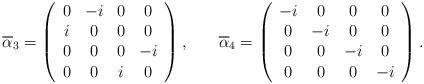
LaTeX: \begin{align*}\overline{\alpha } _3=\left(\begin{array}{cccc}0 & -i & 0 & 0 \\i & 0 & 0 & 0 \\0 & 0 & 0 & -i \\0 & 0 & i & 0\end{array}\right) ,\hspace{0.3in}\overline{\alpha }_4=\left(\begin{array}{cccc}-i & 0 & 0 & 0 \\0 & -i & 0 & 0 \\0 & 0 & -i & 0 \\0 & 0 & 0 & -i\end{array}\right) .\end{align*}